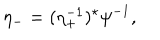
LaTeX: \eta _ { - } = ( \eta _ { + } ^ { - 1 } ) ^ { \star } \psi ^ { - 1 } ,